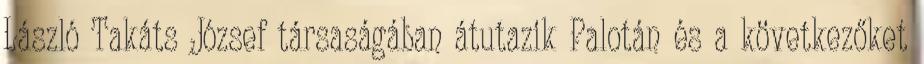
László Takáts József társaságában átutazik Palotán és a következőket